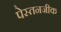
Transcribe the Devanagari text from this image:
पेस्तनजीक